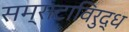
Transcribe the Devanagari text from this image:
सम्राटाविरुद्ध